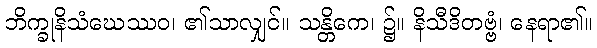
ဘိက္ခုနိသံဃေဿဝ၊ ၏သာလျှင်။ သန္တိကေ၊ ၌။ နိသီဒိတဗ္ဗံ၊ နေရာ၏။